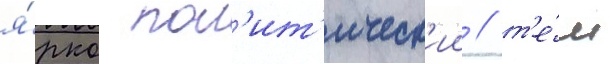
я́рко пол'ит'ическ'ии / т'е́м